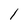
Character: l